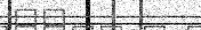
٧٦